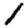
Digit: 1